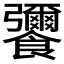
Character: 𮩚